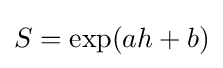
S=\exp(ah+b)